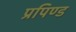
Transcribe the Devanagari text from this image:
प्रपिण्ड